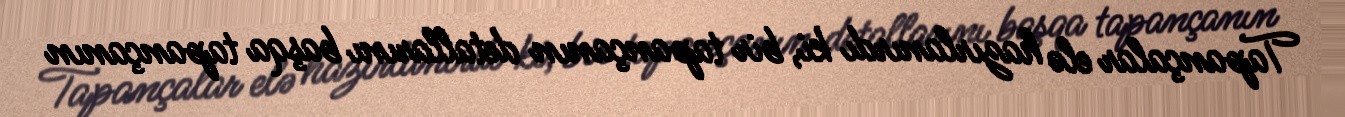
Tapançalar elə hazırlanırdı ki, bir tapançanın detallarını başqa tapançanın